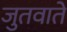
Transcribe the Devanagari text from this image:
जुतवाते